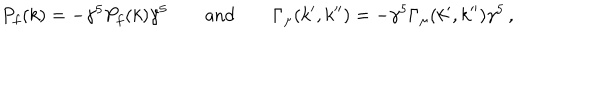
LaTeX: P _ { f } ( k ) = - \gamma ^ { 5 } P _ { f } ( k ) \gamma ^ { 5 } \qquad \mathrm { a n d } \qquad \Gamma _ { \mu } ( k ^ { \prime } , k ^ { \prime \prime } ) = - \gamma ^ { 5 } \Gamma _ { \mu } ( k ^ { \prime } , k ^ { \prime \prime } ) \gamma ^ { 5 } \, ,